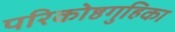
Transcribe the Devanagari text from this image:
परिकोष्ठगुहिका